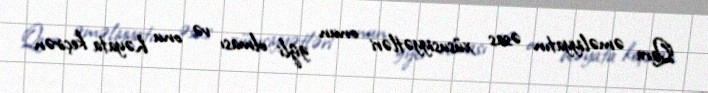
Qara əməliyyatın əsas xüsusiyyətləri onun gizli olması və onu həyata keçirən